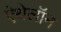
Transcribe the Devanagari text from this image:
ऐथेलॉन